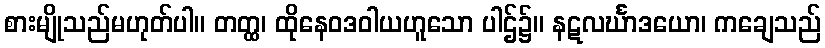
စားမျိုသည်မဟုတ်ပါ။ တတ္ထ၊ ထိုနေဝဒဝါယဟူသော ပါဌ်၌။ နဋလင်္ဃာဒယော၊ ကချေသည်